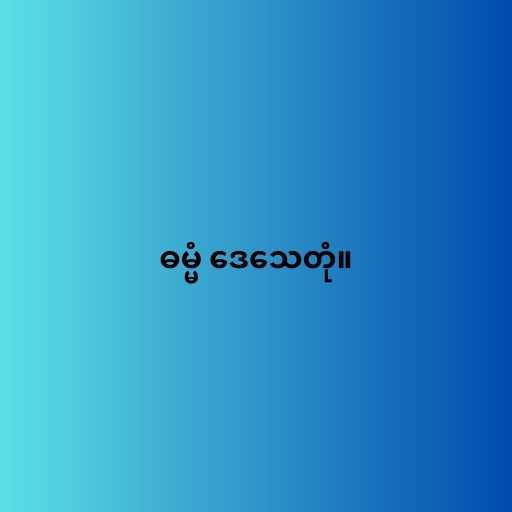
ဓမ္မံ ဒေသေတုံ။